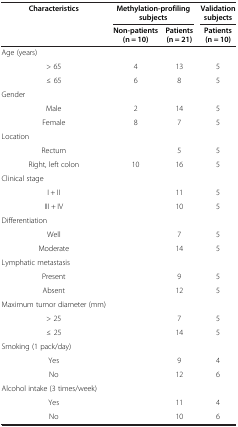
<table><thead><tr><td rowspan="2"><b>Characteristics</b></td><td colspan="2"><b>Methylation-profiling subjects</b></td><td><b>Validation subjects</b></td></tr><tr><td><b>Non-patients (n = 10)</b></td><td><b>Patients (n = 21)</b></td><td><b>Patients (n = 10)</b></td></tr></thead><tbody><tr><td>Age (years)</td><td> </td><td> </td><td> </td></tr><tr><td>&gt; 65</td><td>4</td><td>13</td><td>5</td></tr><tr><td>≤ 65</td><td>6</td><td>8</td><td>5</td></tr><tr><td>Gender</td><td> </td><td> </td><td> </td></tr><tr><td>Male</td><td>2</td><td>14</td><td>5</td></tr><tr><td>Female</td><td>8</td><td>7</td><td>5</td></tr><tr><td>Location</td><td> </td><td> </td><td> </td></tr><tr><td>Rectum</td><td> </td><td>5</td><td>5</td></tr><tr><td>Right, left colon</td><td>10</td><td>16</td><td>5</td></tr><tr><td>Clinical stage</td><td> </td><td> </td><td> </td></tr><tr><td>I + II</td><td> </td><td>11</td><td>5</td></tr><tr><td>III + IV</td><td> </td><td>10</td><td>5</td></tr><tr><td>Differentiation</td><td> </td><td> </td><td> </td></tr><tr><td>Well</td><td> </td><td>7</td><td>5</td></tr><tr><td>Moderate</td><td> </td><td>14</td><td>5</td></tr><tr><td>Lymphatic metastasis</td><td> </td><td> </td><td> </td></tr><tr><td>Present</td><td> </td><td>9</td><td>5</td></tr><tr><td>Absent</td><td> </td><td>12</td><td>5</td></tr><tr><td>Maximum tumor diameter (mm)</td><td> </td><td> </td><td> </td></tr><tr><td>&gt; 25</td><td> </td><td>7</td><td>5</td></tr><tr><td>≤ 25</td><td> </td><td>14</td><td>5</td></tr><tr><td>Smoking (1 pack/day)</td><td> </td><td> </td><td> </td></tr><tr><td>Yes</td><td> </td><td>9</td><td>4</td></tr><tr><td>No</td><td> </td><td>12</td><td>6</td></tr><tr><td>Alcohol intake (3 times/week)</td><td> </td><td> </td><td> </td></tr><tr><td>Yes</td><td> </td><td>11</td><td>4</td></tr><tr><td>No</td><td> </td><td>10</td><td>6</td></tr></tbody></table>